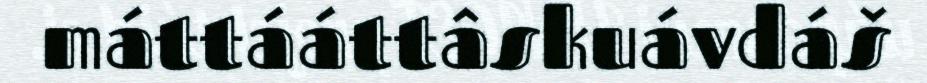
máttááttâskuávdáš